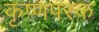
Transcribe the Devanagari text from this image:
कृष्णपरक